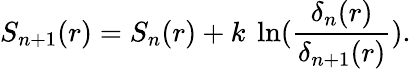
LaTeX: S_{n+1}(r)=S_{n}(r)+k\ \ln({\frac{\delta_{n}(r)}{\delta_{n+1}(r)}}).